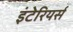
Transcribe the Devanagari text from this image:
इंटेरियर्स